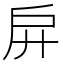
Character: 𢨬